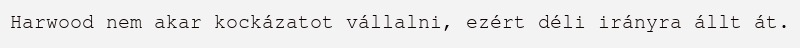
Harwood nem akar kockázatot vállalni, ezért déli irányra állt át.